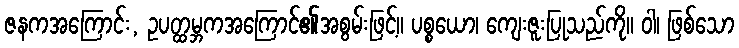
ဇနကအကြောင်း, ဥပတ္ထမ္ဘကအကြောင်၏အစွမ်းဖြင့်။ ပစ္စယော၊ ကျေးဇူးပြုသည်ကို။ ဝါ၊ ဖြစ်သော